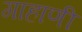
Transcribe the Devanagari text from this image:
गाहाणी